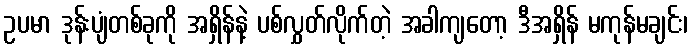
ဥပမာ ဒုန်းပျံတစ်ခုကို အရှိန်နဲ့ ပစ်လွှတ်လိုက်တဲ့ အခါကျတော့ ဒီအရှိန် မကုန်မချင်း၊